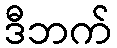
ဒီဘက်